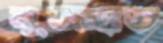
নুজহাত